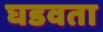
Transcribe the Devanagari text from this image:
घडवता